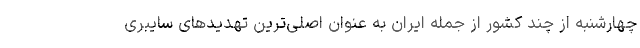
چهارشنبه از چند کشور از جمله ایران به عنوان اصلی‌ترین تهدیدهای سایبری